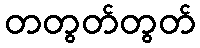
တတွတ်တွတ်